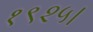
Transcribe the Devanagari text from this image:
१९२५।